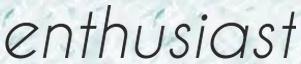
enthusiast